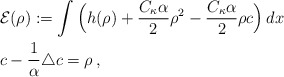
\begin{align*} &\mathcal{E}(\rho):= \int\Big( h(\rho) + \frac{C_\kappa \alpha}{2} \rho ^2 - \frac{C_\kappa \alpha}{2} \rho c\Big)\, dx\\ & c - \frac{1}{\alpha}\triangle c = \rho\, , \end{align*}